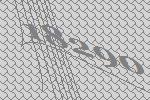
18290